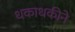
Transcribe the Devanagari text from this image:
धकाधकीने